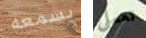
يسمعه تعملى